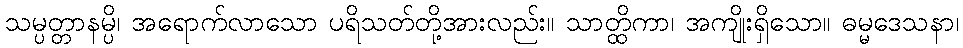
သမ္ပတ္တာနမ္ပိ၊ အရောက်လာသော ပရိသတ်တို့အားလည်း။ သာတ္ထိကာ၊ အကျိုးရှိသော။ ဓမ္မဒေသနာ၊